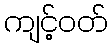
ကျင့်ဝတ်